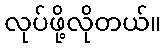
လုပ်ဖို့လိုတယ်။